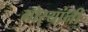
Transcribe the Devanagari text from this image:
गोर्‍यांनी